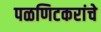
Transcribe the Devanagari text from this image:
पळणिटकरांचे